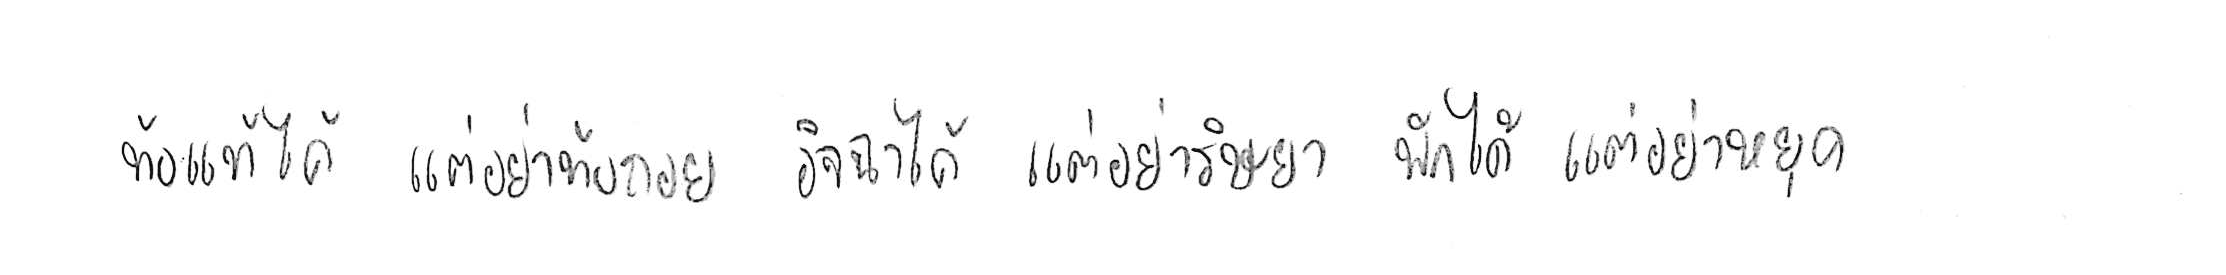
ท้อแท้ได้ แต่อย่าท้อถอย อิจฉาได้ แต่อย่าริษยา พักได้ แต่อย่าหยุด